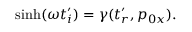
\sinh ( \omega t _ { i } ^ { \prime } ) = \gamma ( t _ { r } ^ { \prime } , p _ { 0 x } ) .